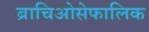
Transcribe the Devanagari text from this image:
ब्राचिओसेफालिक